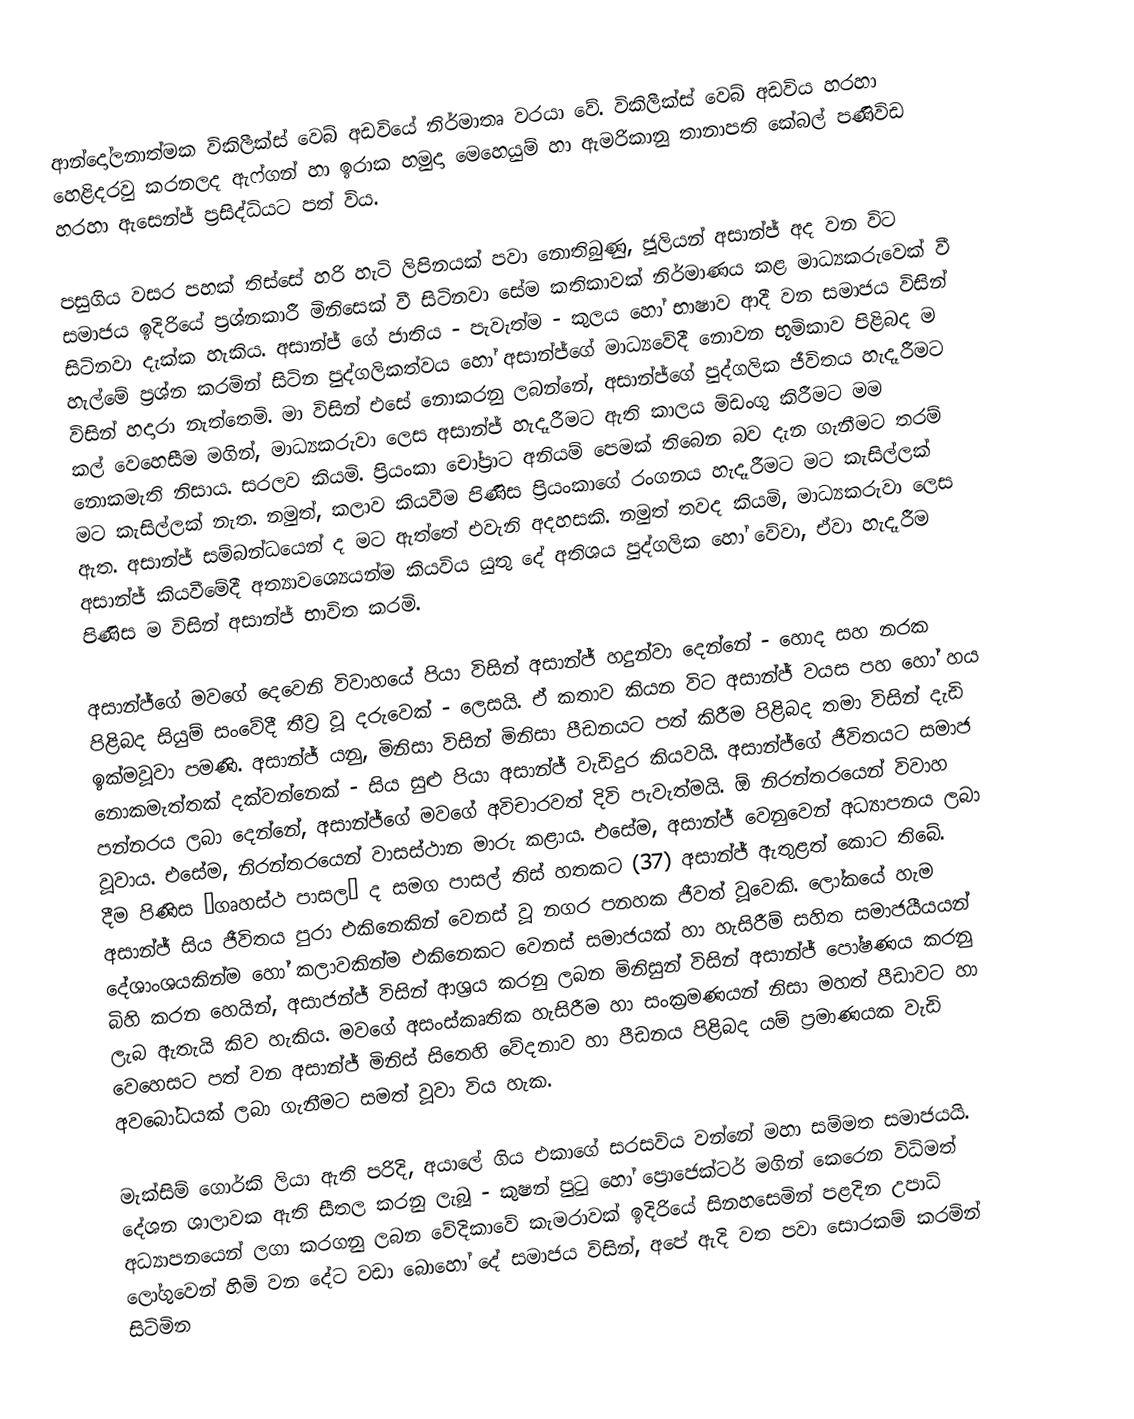
ආන්දෝලනාත්මක විකිලීක්ස් වෙබ් අඩවියේ නිර්මාතෘ වරයා වේ. විකිලීක්ස් වෙබ් අඩවිය හරහා හෙළිදරවු කරනලද ඇෆ්ගන් හා ඉරාක හමුදා මෙහෙයුම් හා ඇමරිකානු තානාපති කේබල් පණිවිඩ හරහා ඇසෙන්ජ් ප්‍රසිද්ධියට පත් විය.

පසුගිය වසර පහක් තිස්සේ හරි හැටි ලිපිනයක් පවා නොතිබුණු, ජූලියන් අසාන්ජ් අද වන විට සමාජය ඉදිරියේ ප්‍රශ්නකාරී මිනිසෙක් වී සිටිනවා සේම කතිකාවක් නිර්මාණය කළ මාධ්‍යකරුවෙක් වී සිටිනවා දැක්ක හැකිය. අසාන්ජ් ගේ ජාතිය - පැවැත්ම - කුලය හෝ භාෂාව ආදී වන සමාජය විසින් හැල්මේ ප්‍රශ්න කරමින් සිටින පුද්ගලිකත්වය හෝ අසාන්ජ්ගේ මාධ්‍යවේදී නොවන භූමිකාව පිළිබද ම විසින් හදාරා නැත්තෙමි. මා විසින් එසේ නොකරනු ලබන්නේ, අසාන්ජ්ගේ පුද්ගලික ජීවිතය හැදෑරීමට කල් වෙහෙසීම මගින්, මාධ්‍යකරුවා ලෙස අසාන්ජ් හැදෑරීමට ඇති කාලය මිඩංගු කිරීමට මම නොකමැති නිසාය. සරලව කියමි. ප්‍රියංකා චෝප්‍රාට අනියම් පෙමක් තිබෙන බව දැන ගැනීමට තරම් මට කැසිල්ලක් නැත. නමුත්, කලාව කියවීම පිණිස ප්‍රියංකාගේ රංගනය හැදෑරීමට මට කැසිල්ලක් ඇත. අසාන්ජ් සම්බන්ධයෙන් ද මට ඇත්තේ එවැනි අදහසකි. නමුත් තවද කියමි, මාධ්‍යකරුවා ලෙස අසාන්ජ් කියවීමේදී අත්‍යාවශ්‍යෙයන්ම කියවිය යුතු දේ අතිශය පුද්ගලික හෝ වේවා, ඒවා හැදෑරීම පිණිස ම විසින් අසාන්ජ් භාවිත කරමි.

අසාන්ජ්ගේ මවගේ දෙවෙනි විවාහයේ පියා විසින් අසාන්ජ් හදුන්වා දෙන්නේ - හොද සහ නරක පිළිබද සියුම් සංවේදී තීව්‍ර වූ දරුවෙක් - ලෙසයි. ඒ කතාව කියන විට අසාන්ජ් වයස පහ හෝ හය ඉක්මවූවා පමණි. අසාන්ජ් යනු, මිනිසා විසින් මිනිසා පීඩනයට පත් කිරීම පිළිබද තමා විසින් දැඩි නොකමැත්තක් දක්වන්නෙක් - සිය සුළු පියා අසාන්ජ් වැඩිදුර කියවයි. අසාන්ජ්ගේ ජීවිතයට සමාජ පන්නරය ලබා දෙන්නේ, අසාන්ජ්ගේ මවගේ අවිචාරවත් දිවි පැවැත්මයි. ඕ නිරන්තරයෙන් විවාහ වූවාය. එසේම, නිරන්තරයෙන් වාසස්ථාන මාරු කළාය. එසේම, අසාන්ජ් වෙනුවෙන් අධ්‍යාපනය ලබා දීම පිණිස ‘ගෘහස්ථ පාසල‘ ද සමග පාසල් තිස් හතකට (37)  අසාන්ජ් ඇතුළත් කොට තිබේ. අසාන්ජ් සිය ජීවිතය පුරා එකිනෙකින් වෙනස් වූ නගර පනහක ජීවත් වූවෙකි. ලෝකයේ හැම දේශාංශයකින්ම හෝ කලාවකින්ම එකිනෙකට වෙනස් සමාජයක් හා හැසිරීම් සහිත සමාජයීයයන් බිහි කරන හෙයින්, අසාජන්ජ් විසින් ආශ්‍රය කරනු ලබන මිනිසුන් විසින් අසාන්ජ් පෝෂණය කරනු ලැබ ඇතැයි කිව හැකිය. මවගේ අසංස්කෘතික හැසිරීම හා සංක්‍රමණයන් නිසා මහත් පීඩාවට හා වෙහෙසට පත් වන අසාන්ජ් මිනිස් සිතෙහි වේදනාව හා පීඩනය පිළිබද යම් ප්‍රමාණයක වැඩි අවබෝධයක් ලබා ගැනීමට සමත් වූවා විය හැක.

මැක්සිම් ගොර්කි ලියා ඇති පරිදි, අයාලේ ගිය එකාගේ සරසවිය වන්නේ මහා සම්මත සමාජයයි. දේශන ශාලාවක ඇති සීතල කරනු ලැබූ - කුෂන් පුටු හෝ ප්‍රොජෙක්ටර් මගින් කෙරෙන විධිමත් අධ්‍යාපනයෙන් ලගා කරගනු ලබන වේදිකාවේ කැමරාවක් ඉදිරියේ සිනහසෙමින් පළදින උපාධි ලෝගුවෙන් හිමි වන දේට වඩා බොහෝ දේ සමාජය විසින්, අපේ ඇදි වත පවා සොරකම් කරමින් සිටිමින